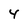
Character: 4